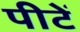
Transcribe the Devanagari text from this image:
पीटें